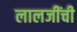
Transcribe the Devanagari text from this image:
लालजींची